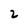
Character: 2